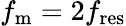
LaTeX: f_{\mathrm{m}}=2f_{\mathrm{res}}